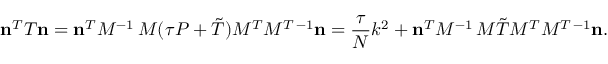
{ \bf n } \sp { T } T { \bf n } = { \bf n } \sp { T } M \sp { - 1 } \, M ( \tau P + \tilde { T } ) M \sp { T } M \sp { T \, - 1 } { \bf n } = \frac { \tau } { N } k \sp 2 + { \bf n } \sp { T } M \sp { - 1 } \, M \tilde { T } M \sp { T } M \sp { T \, - 1 } { \bf n } .